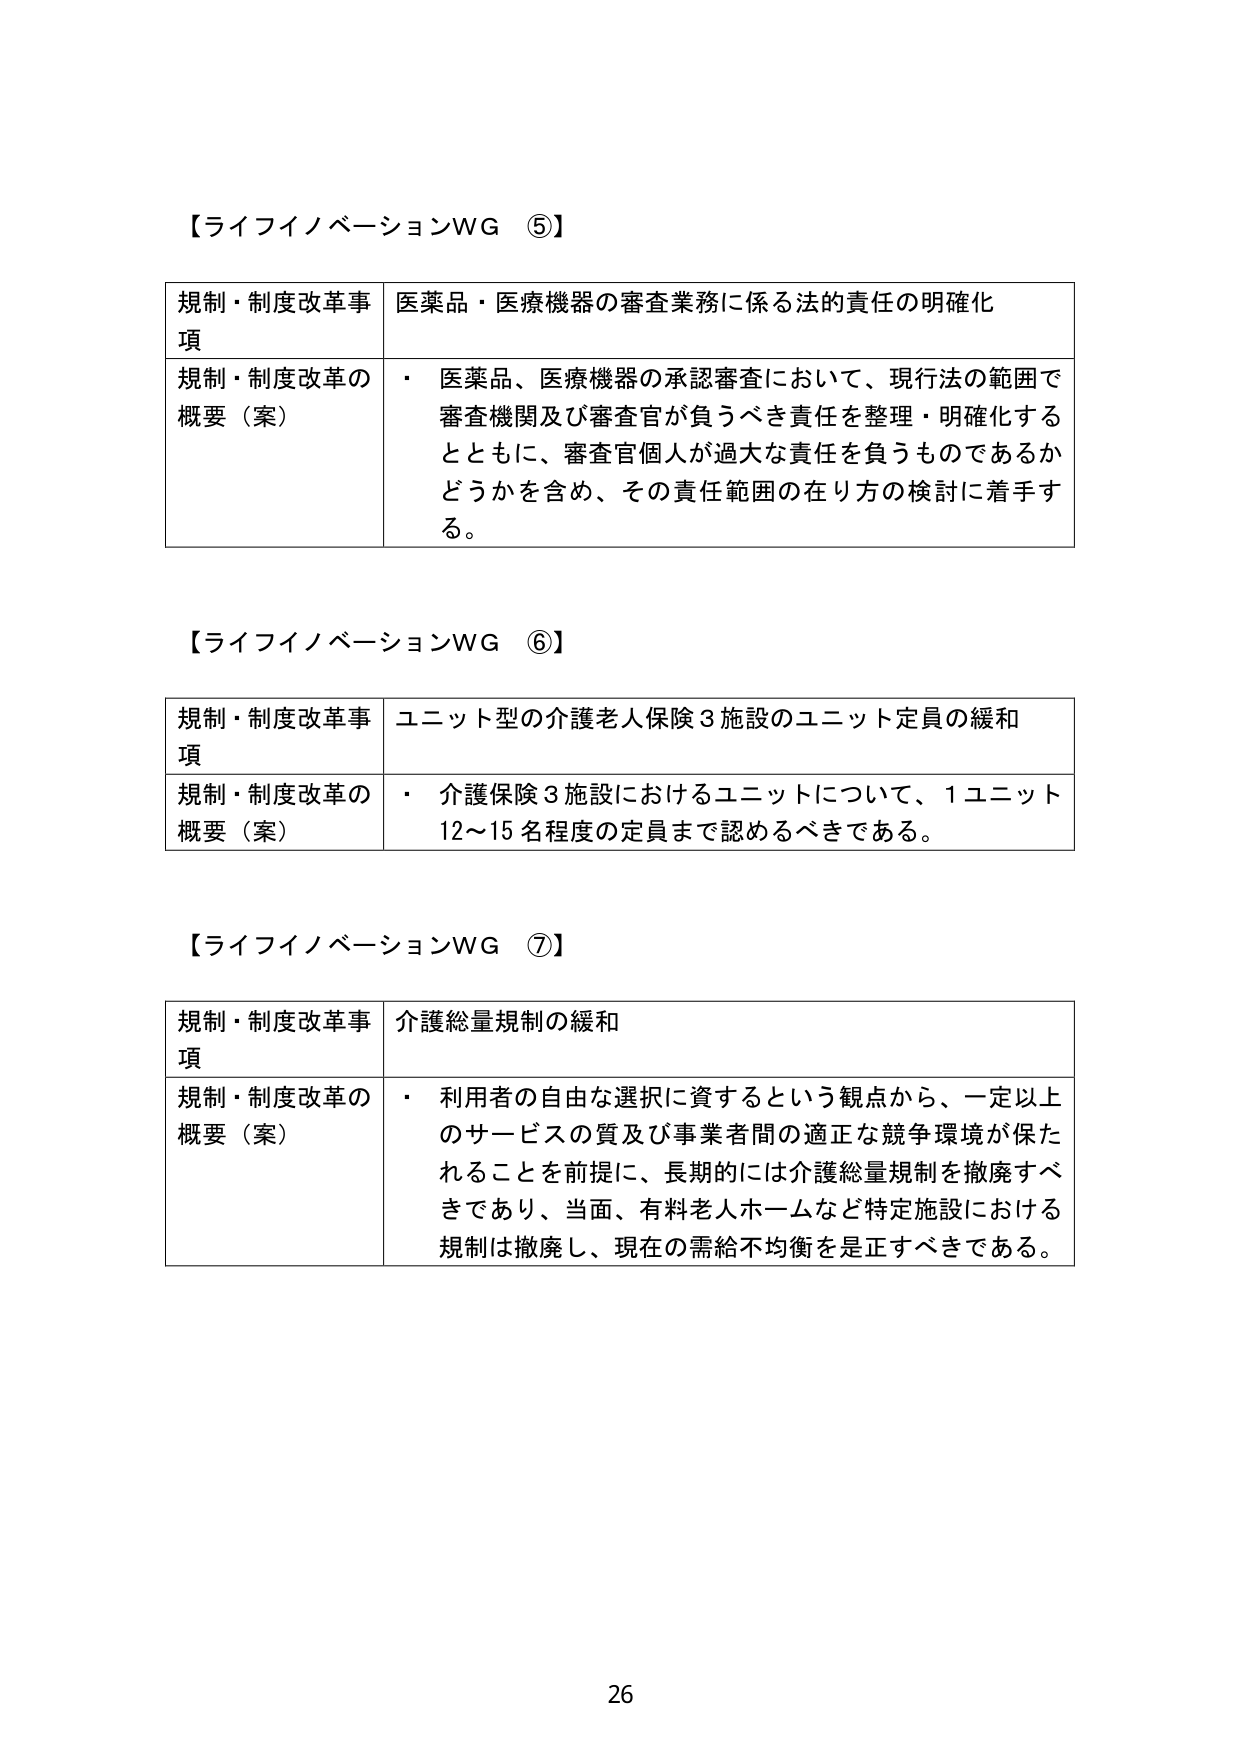
【ライフイノベーションWG ⑤】

規制・制度改革事項　医薬品・医療機器の審査業務に係る法的責任の明確化

規制・制度改革の概要（案）　・ 医薬品、医療機器の承認審査において、現行法の範囲で審査機関及び審査官が負うべき責任を整理・明確化するとともに、審査官個人が過大な責任を負うものであるかどうかを含め、その責任範囲の在り方の検討に着手する。

【ライフイノベーションWG ⑥】

規制・制度改革事項　ユニット型の介護老人保険3施設のユニット定員の緩和

規制・制度改革の概要（案）　・ 介護保険3施設におけるユニットについて、1ユニット12～15名程度の定員まで認めるべきである。

【ライフイノベーションWG ⑦】

規制・制度改革事項　介護総量規制の緩和

規制・制度改革の概要（案）　・ 利用者の自由な選択に資するという観点から、一定以上のサービスの質及び事業者間の適正な競争環境が保たれることを前提に、長期的には介護総量規制を撤廃すべきであり、当面、有料老人ホームなど特定施設における規制は撤廃し、現在の需給不均衡を是正すべきである。

26